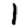
Digit: 1